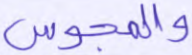
والمجوس